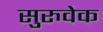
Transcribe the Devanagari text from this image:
सुरुवेक